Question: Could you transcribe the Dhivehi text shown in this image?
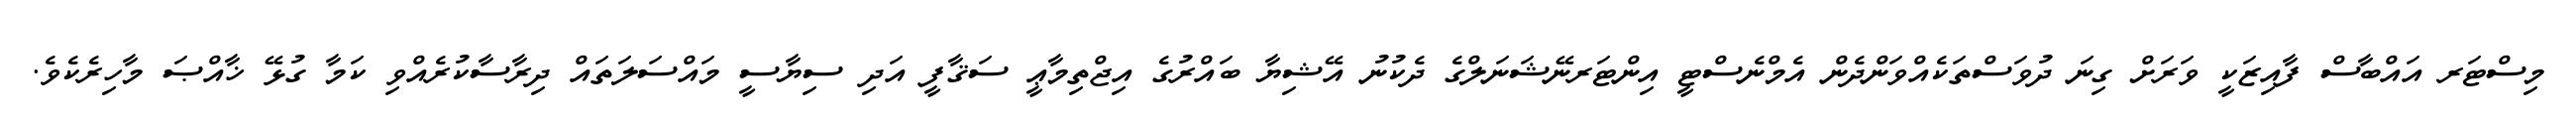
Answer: މިސްޓަރ އައްބާސް ފާއިޒަކީ ވަރަށް ގިނަ ދުވަސްތަކެއްވަންދެން އެމްނެސްޓީ އިންޓަރނޭޝަނަލްގެ ދެކުނު އޭޝިޔާ ބައްރުގެ އިޖްތިމާޢީ ސަޤާފީ އަދި ސިޔާސީ މައްސަލަތައް ދިރާސާކުރެއްވި ކަމާ ގުޅޭ ޚާއްޞަ މާހިރެކެވެ.